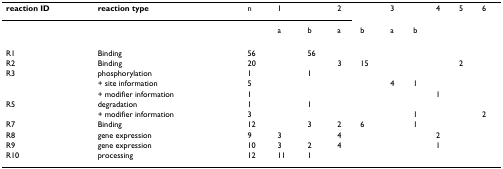
| <ROWSPAN=3> reaction ID | <ROWSPAN=3> reaction type | <ROWSPAN=3> n | <COLSPAN=2> 1 | <COLSPAN=2> 2 | <COLSPAN=2> 3 | <ROWSPAN=3> 4 | <ROWSPAN=3> 5 | <ROWSPAN=3> 6 |
 | a | b | a | b | a | b |
 | --- | --- | --- | --- | --- | --- | --- | --- | --- | --- | --- | --- |
 | R1 | Binding | 56 |  | 56 |  |  |  |  |  |  |  |
 | R2 | Binding | 20 |  |  | 3 | 15 |  |  |  | 2 |  |
 | <ROWSPAN=3> R3 | phosphorylation | 1 |  | 1 |  |  |  |  |  |  |  |
 | + site information | 5 |  |  |  |  | 4 | 1 |  |  |  |
 | + modifier information | 1 |  |  |  |  |  |  | 1 |  |  |
 | <ROWSPAN=2> R5 | degradation | 1 |  | 1 |  |  |  |  |  |  |  |
 | + modifier information | 3 |  |  |  |  |  | 1 |  |  | 2 |
 | R7 | Binding | 12 |  | 3 | 2 | 6 |  | 1 |  |  |  |
 | R8 | gene expression | 9 | 3 |  | 4 |  |  |  | 2 |  |  |
 | R9 | gene expression | 10 | 3 | 2 | 4 |  |  |  | 1 |  |  |
 | R10 | processing | 12 | 11 | 1 |  |  |  |  |  |  |  |